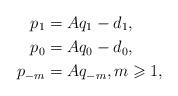
LaTeX: \begin{align*} p_1&=Aq_1-d_1,\\ p_0&=Aq_0-d_0,\\ p_{-m}&=Aq_{-m},m\geqslant 1,\end{align*}